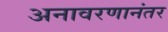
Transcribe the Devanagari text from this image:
अनावरणानंतर